Annual report of lunatic asylums [Bombay] - 1912-1922
Year: 1912
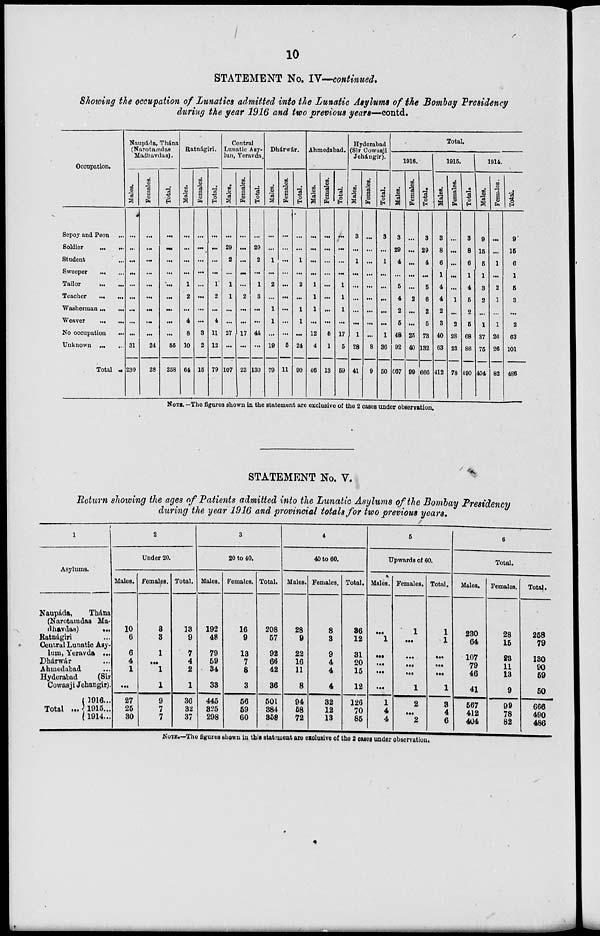
10
STATEMENT No. IV—continued.
Showing the occupation of Lunatics admitted into the Lunatic Asylums of the Bombay Presidency
during the year 1916 and two previous years—contd.
Occupation.
Sepoy and Peon ...
Soldier
...
...
Student
...
...
Sweeper
...
...
Tailor
...
...
Teacher ... ...
Washerman ... ...
Weaver ... ...
No occupation
...
Unknown ... ...
Total ...
Naupáda, Thána
(Narotamdas
Madhavdas).
Males.
...
...
...
...
...
...
...
...
...
31
230
Females.
...
...
...
...
...
...
...
...
...
24
28
Total.
...
...
...
...
...
...
...
...
...
55
258
Ratnágiri.
Males.
...
...
...
...
1
2
...
4
8
10
64
Females.
...
...
...
...
...
...
...
...
3
2
15
Total.
...
...
...
...
1
2
...
4
11
12
79
Central
Lunatic Asy-
lum, Yeravda.
Males.
...
29
2
...
1
1
...
...
27
...
107
Females.
...
...
...
...
...
2
...
...
17
...
...
Total.
...
29
2
...
1
3
...
...
44
...
130
Dhárwár.
Males.
...
...
1
...
2
...
1
1
...
19
79
Females.
...
...
...
...
...
...
...
...
...
5
11
Total.
...
...
1
...
2
...
1
1
...
24
90
Ahmedabad.
Males.
...
...
...
...
1
1
1
...
12
4
46
Females.
...
...
...
...
...
...
...
...
5
1
13
Total.
...
...
...
...
1
1
1
...
17
5
59
Hyderabad
(Sir Cowasji
Jehángir).
Males.
3
...
1
...
...
...
...
...
1
28
41
Females.
...
...
...
...
...
...
...
...
...
8
9
Total.
3
...
1
...
...
...
...
...
1
36
50
Total.
1916.
Males.
3
29
4
...
5
4
2
5
48
92
567
Females.
...
...
...
...
...
2
...
...
25
40
99
Total.
3
29
4
...
5
6
2
5
73
132
666
1915.
Males.
3
8
6
1
4
4
2
3
40
63
412
Females.
...
...
...
...
...
1
...
2
28
23
78
Total.
3
8
6
1
4
5
2
5
68
86
490
1914.
Males.
9
15
5
1
3
2
...
1
37
75
404
Females.
...
...
1
...
2
1
...
1
26
26
82
Total.
9
15
6
1
5
3
...
2
63
101
486
NOTE.—The figures shown in the statement are exclusive of the 2 cases under observation.
STATEMENT No. V.
Return showing the ages of Patients admitted into the Lunatic Asylums of the Bombay Presidency
during the year 1916 and provincial totals for two previous years.
1
Asylums.
Naupáda,
Thána
(Narotamdas Ma-
-havdas)
...
Ratnágiri ...
Central Lunatic Asy-
lum, Yeravda ...
Dhárwár ...
Ahmedabad ...
Hyderabad
(Sir
Cowasji Jehangir).
Total ...
1916 ...
1915...
1914...
2
Under 20.
Males.
10
6
6
4
1
...
27
25
30
Females.
3
3
1
...
1
1
9
7
7
Total.
13
9
7
4
2
1
36
32
37
3
20 to 40.
Males.
192
48
79
59
34
33
445
325
298
Females.
16
9
13
7
8
3
56
59
60
Total.
208
57
92
66
42
36
501
384
358
4
40 to 60.
Males.
28
9
22
16
11
8
94
58
72
Females.
8
3
9
4
4
4
32
12
13
Total.
36
12
31
20
15
12
126
70
85
5
Upwards of 60.
Males.
...
1
...
...
...
...
1
4
4
Females.
1
...
...
...
...
1
2
...
2
Total.
1
1
...
...
...
1
3
4
6
6
Total.
Males.
230
64
107
79
46
41
567
412
404
Females.
28
15
23
11
13
9
99
78
82
Total.
258
79
130
90
59
50
666
490
486
NOTE.—The figures shown in this statement are exclusive of the 2 cases under observation.